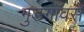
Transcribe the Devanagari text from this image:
गुङगाँवसे